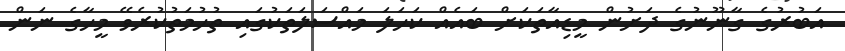
އަބުރުގެ ގާނޫނުގެ ދަށުން މީޑިއާތަކަށް ބައެއް ކަހަލަ މައްސަލަތަކުގައި ތުހުމަތުކުރެވޭ މީހާގެ ނަން